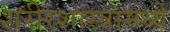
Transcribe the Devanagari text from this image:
शरीरशास्त्रामध्ये